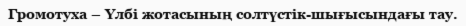
Громотуха – Үлбі жотасының солтүстік-шығысындағы тау.